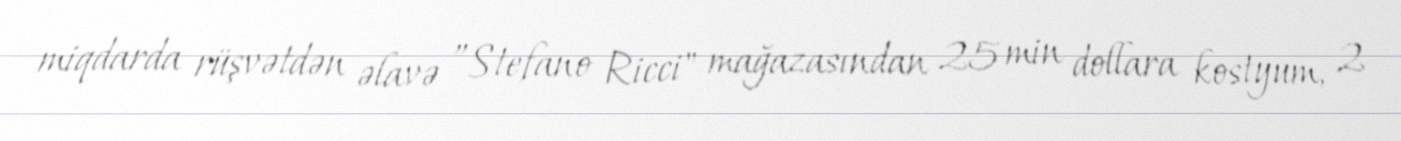
miqdarda rüşvətdən əlavə ”Stefano Ricci" mağazasından 25 min dollara kostyum, 2